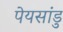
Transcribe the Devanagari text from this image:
पेयसांडु